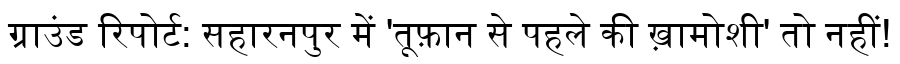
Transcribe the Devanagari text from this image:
ग्राउंड रिपोर्ट: सहारनपुर में 'तूफ़ान से पहले की ख़ामोशी' तो नहीं!